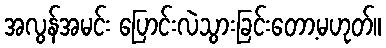
အလွန်အမင်း ပြောင်းလဲသွားခြင်းတော့မဟုတ်။